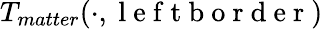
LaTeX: T_{matter}(\cdot,\mathrm{~l~e~f~t~b~o~r~d~e~r~})